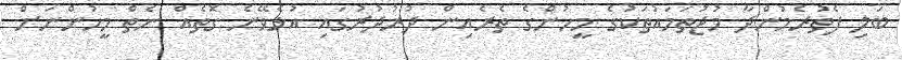
ބަލި ފެތުރެމުންދާ މުޖުތަމައުތަކުގެ މީހުންގެ ތެރެއިން ދުރުދުރުގައި އުޅެވޭނެ ގޮތެއް ނެތް މީހުންނަށް